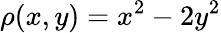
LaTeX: \rho(x,y)=x^{2}-2y^{2}